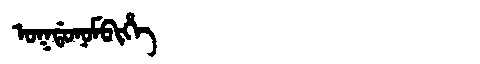
Manchu: ᠣᡴᡩᠣᠨᠣᠮᠪᡳᡥᡝ
Romanization: OKDONOMBIHE